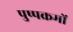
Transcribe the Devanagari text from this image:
पुष्पक्रमों